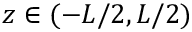
z \in ( - L / 2 , L / 2 )